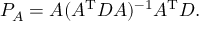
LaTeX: P _ { A } = A ( A ^ { \mathrm { T } } D A ) ^ { - 1 } A ^ { \mathrm { T } } D .